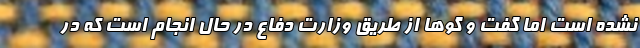
نشده است اما گفت و گوها از طریق وزارت دفاع در حال انجام است که در